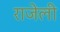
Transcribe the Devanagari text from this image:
राजेली